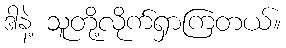
ဒါနဲ့ သူတို့လိုက်ရှာကြတယ်။